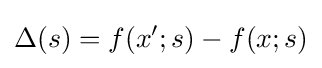
\Delta (s)=f(x';s)-f(x;s)